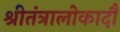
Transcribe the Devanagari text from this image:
श्रीतंत्रालोकादौ